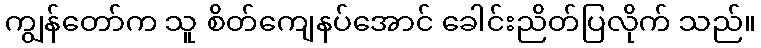
ကျွန်တော်က သူ စိတ်ကျေနပ်အောင် ခေါင်းညိတ်ပြလိုက် သည်။